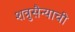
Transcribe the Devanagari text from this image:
शत्रुसैन्याची